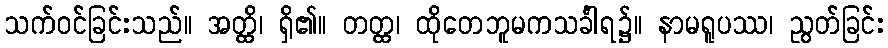
သက်ဝင်ခြင်းသည်။ အတ္ထိ၊ ရှိ၏။ တတ္ထ၊ ထိုတေဘူမကသင်္ခါရ၌။ နာမရူပဿ၊ ညွတ်ခြင်း